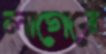
লাগেরে